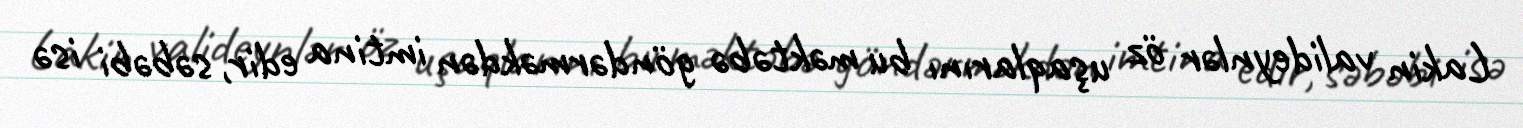
Lakin valideynlər öz uşaqlarını bu məktəbə göndərməkdən imtina edir, səbəbi isə